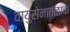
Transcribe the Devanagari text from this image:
वायुसेनातळाचा